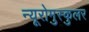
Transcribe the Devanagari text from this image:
न्यूरोमुस्कुलर